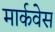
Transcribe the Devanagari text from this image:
मार्कवेस